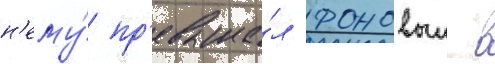
н'ему́ пр'евыша́л фоновыи в